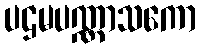
ပဌမပဏ္ဏာသကော